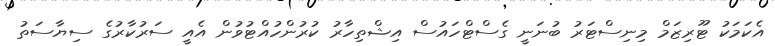
އެކަމަކު ޓޫރިޒަމް މިނިސްޓަރު ބުނަނީ ގެސްޓްހައުސް އިޝްތިހާރު ކުރުންހުއްޓުވުން އެއީ ސަރުކާރުގެ ސިޔާސަތު